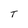
Character: T